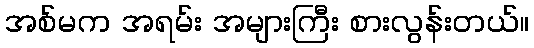
အစ်မက အရမ်း အများကြီး စားလွန်းတယ်။